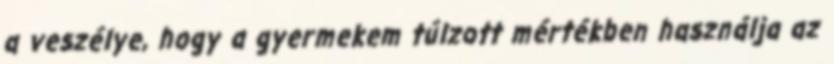
a veszélye, hogy a gyermekem túlzott mértékben használja az